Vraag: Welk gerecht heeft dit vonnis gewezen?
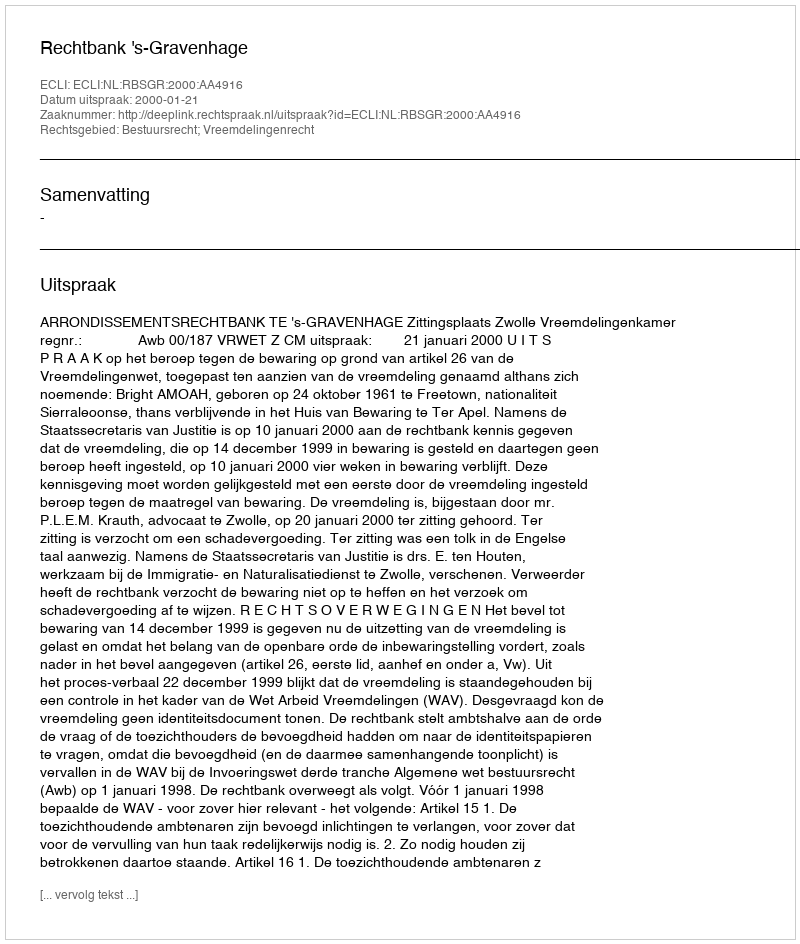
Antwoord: Rechtbank 's-Gravenhage